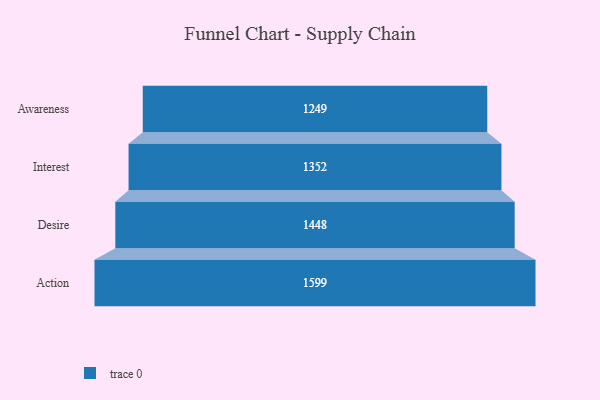
{"axis": {"x": "Stage", "y": "Value"}, "legend": [""], "data": [{"x": "Awareness", "y": 1249.0, "type": ""}, {"x": "Interest", "y": 1352.0, "type": ""}, {"x": "Desire", "y": 1448.0, "type": ""}, {"x": "Action", "y": 1599.0, "type": ""}]}